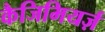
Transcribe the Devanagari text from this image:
कैजिमियर्ज़